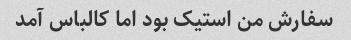
سفارش من استیک بود اما کالباس آمد